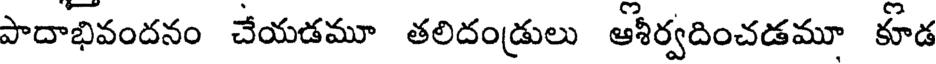
పాదాభివందనం చేయడమూ తలిదండ్రులు ఆశీర్వదించడమూ కూడ